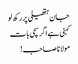
جان ہتھیلی پر رکھ لو
کہنی ہے اگر سچی بات
مولانا صاحب !